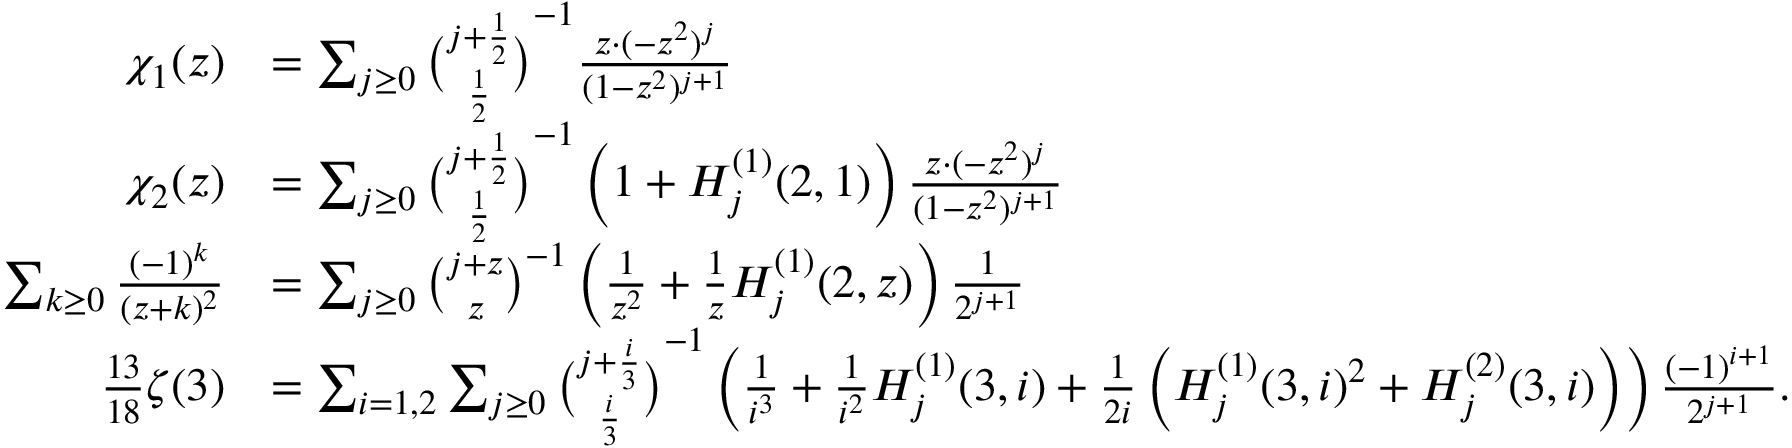
{ \begin{array} { r l } { \chi _ { 1 } ( z ) } & { = \sum _ { j \geq 0 } { \binom { j + { \frac { 1 } { 2 } } } { \frac { 1 } { 2 } } } ^ { - 1 } { \frac { z \cdot ( - z ^ { 2 } ) ^ { j } } { ( 1 - z ^ { 2 } ) ^ { j + 1 } } } } \\ { \chi _ { 2 } ( z ) } & { = \sum _ { j \geq 0 } { \binom { j + { \frac { 1 } { 2 } } } { \frac { 1 } { 2 } } } ^ { - 1 } \left( 1 + H _ { j } ^ { ( 1 ) } ( 2 , 1 ) \right) { \frac { z \cdot ( - z ^ { 2 } ) ^ { j } } { ( 1 - z ^ { 2 } ) ^ { j + 1 } } } } \\ { \sum _ { k \geq 0 } { \frac { ( - 1 ) ^ { k } } { ( z + k ) ^ { 2 } } } } & { = \sum _ { j \geq 0 } { \binom { j + z } { z } } ^ { - 1 } \left( { \frac { 1 } { z ^ { 2 } } } + { \frac { 1 } { z } } H _ { j } ^ { ( 1 ) } ( 2 , z ) \right) { \frac { 1 } { 2 ^ { j + 1 } } } } \\ { { \frac { 1 3 } { 1 8 } } \zeta ( 3 ) } & { = \sum _ { i = 1 , 2 } \sum _ { j \geq 0 } { \binom { j + { \frac { i } { 3 } } } { \frac { i } { 3 } } } ^ { - 1 } \left( { \frac { 1 } { i ^ { 3 } } } + { \frac { 1 } { i ^ { 2 } } } H _ { j } ^ { ( 1 ) } ( 3 , i ) + { \frac { 1 } { 2 i } } \left( H _ { j } ^ { ( 1 ) } ( 3 , i ) ^ { 2 } + H _ { j } ^ { ( 2 ) } ( 3 , i ) \right) \right) { \frac { ( - 1 ) ^ { i + 1 } } { 2 ^ { j + 1 } } } . } \end{array} }